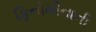
ફિનોમીનાની